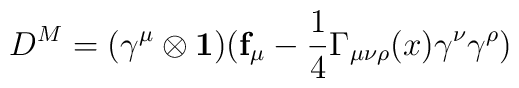
D^M=(\gamma^\mu \otimes \mathbf{1})(\mathbf{f}_\mu -          \frac{1}{4} \Gamma_{\mu\nu\rho}(x) \gamma^\nu\gamma^\rho)